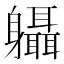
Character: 𨊞